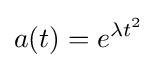
a(t)=e^{\lambda t^{2}}